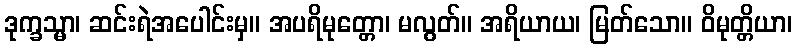
ဒုက္ခသ္မာ၊ ဆင်းရဲအပေါင်းမှ။ အပရိမုတ္တော၊ မလွတ်။ အရိယာယ၊ မြတ်သော။ ဝိမုတ္တိယာ၊